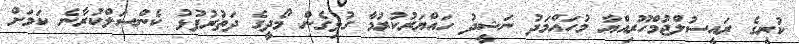
ކުރީގެ ރައީސުލްޖުމްހޫރިއްޔާ މުހައްމަދު ނަޝީދު ހައްޔަރުކުރުމާ ގުޅިގެން މޯދީގެ ދަތުރުފުޅު ކެންސަލްކުރާނެ ކަމަށް